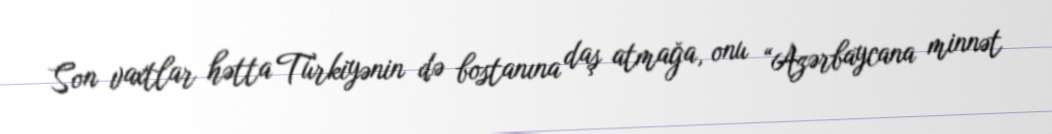
Son vaxtlar hətta Türkiyənin də bostanına daş atmağa, onu “Azərbaycana minnət